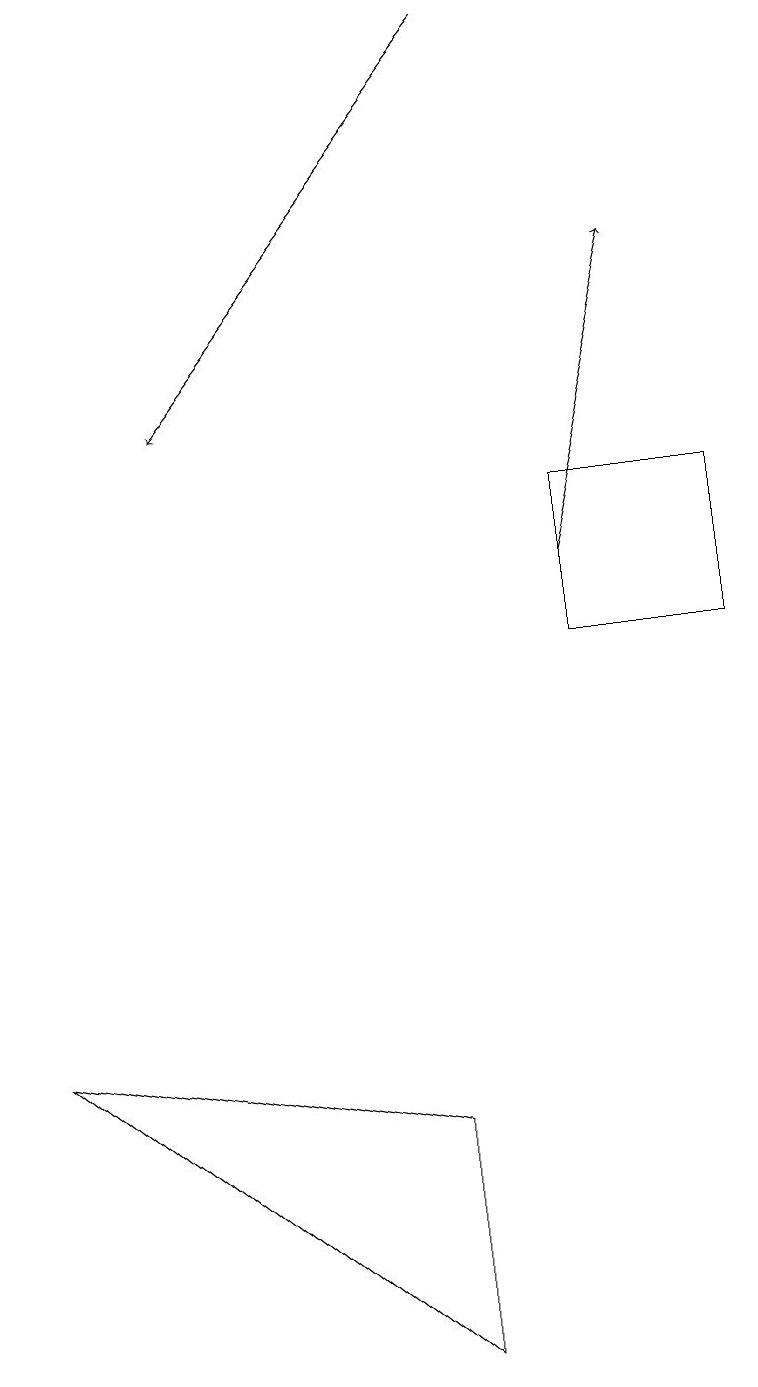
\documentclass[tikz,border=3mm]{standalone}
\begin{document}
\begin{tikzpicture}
\draw (9,13) rectangle (7,11);
\draw[->] (6,19) -- (2,14);
\draw (0,6) -- (5,5) -- (5,2) -- cycle;
\draw[->] (7,12) -- (8,16);
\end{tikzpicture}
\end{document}